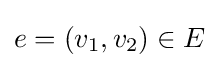
e=(v_{1},v_{2})\in E